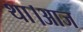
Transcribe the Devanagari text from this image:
था।आज